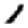
Digit: 1